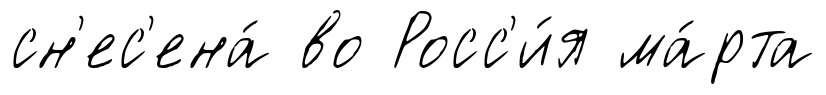
сн'ес'ена́ во Росс'и́я ма́рта